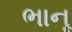
ભાનૂ